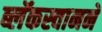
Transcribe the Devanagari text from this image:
ब्लॅकस्वानने